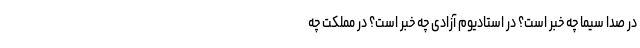
در صدا سیما چه خبر است؟ در استادیوم آزادی چه خبر است؟ در مملکت چه